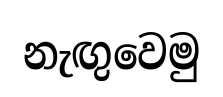
නැඟුවෙමු